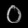
Digit: ၀